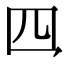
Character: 𪛘